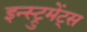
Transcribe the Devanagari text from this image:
इन्स्ट्रुमेंट्‌स